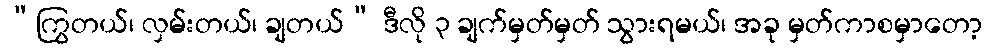
“ကြွတယ်၊ လှမ်းတယ်၊ ချတယ်” ဒီလို ၃ ချက်မှတ်မှတ် သွားရမယ်၊ အခု မှတ်ကာစမှာတော့